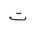
Letter: _ta